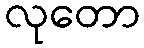
လုတော